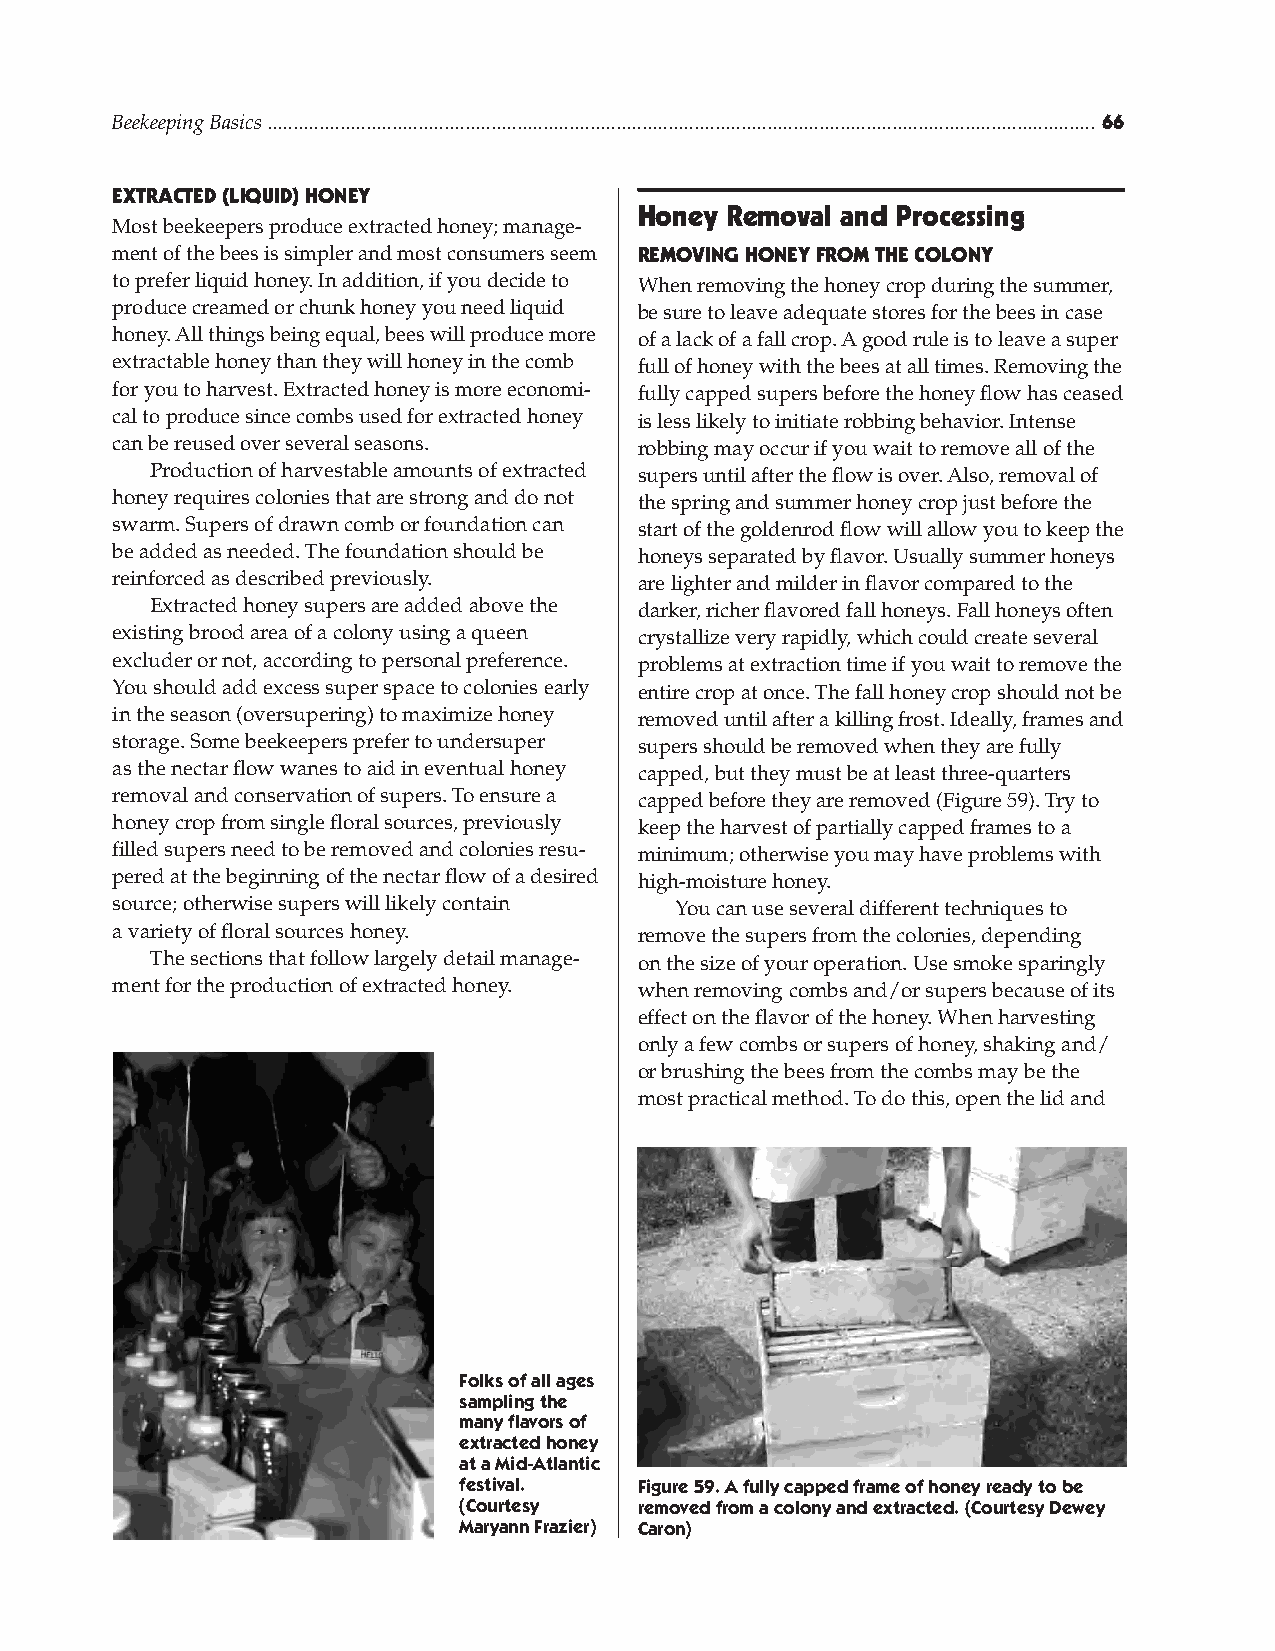
Beekeeping Basics ............................................................................................................................................................... 
 ExtraCtED (LiQuiD) HonEy
 Honey removal and Processing
 Most beekeepers produce extracted honey; manage-
 ment of the bees is simpler and most consumers seem rEmoving HonEy From tHE CoLony
 to prefer liquid honey. In addition, if you decide to When removing the honey crop during the summer,
 produce creamed or chunk honey you need liquid be sure to leave adequate stores for the bees in case
 honey. All things being equal, bees will produce more of a lack of a fall crop. A good rule is to leave a super
 extractable honey than they will honey in the comb full of honey with the bees at all times. Removing the
 for you to harvest. Extracted honey is more economi- fully capped supers before the honey flow has ceased
 cal to produce since combs used for extracted honey is less likely to initiate robbing behavior. Intense
 can be reused over several seasons. robbing may occur if you wait to remove all of the
 Production of harvestable amounts of extracted supers until after the flow is over. Also, removal of
 honey requires colonies that are strong and do not the spring and summer honey crop just before the
 swarm. Supers of drawn comb or foundation can start of the goldenrod flow will allow you to keep the
 be added as needed. The foundation should be honeys separated by flavor. Usually summer honeys
 reinforced as described previously. are lighter and milder in flavor compared to the
 Extracted honey supers are added above the darker, richer flavored fall honeys. Fall honeys often
 existing brood area of a colony using a queen crystallize very rapidly, which could create several
 excluder or not, according to personal preference. problems at extraction time if you wait to remove the
 You should add excess super space to colonies early entire crop at once. The fall honey crop should not be
 in the season (oversupering) to maximize honey removed until after a killing frost. Ideally, frames and
 storage. Some beekeepers prefer to undersuper supers should be removed when they are fully
 as the nectar flow wanes to aid in eventual honey capped, but they must be at least three-quarters
 removal and conservation of supers. To ensure a capped before they are removed (Figure 59). Try to
 honey crop from single floral sources, previously keep the harvest of partially capped frames to a
 filled supers need to be removed and colonies resu- minimum; otherwise you may have problems with
 pered at the beginning of the nectar flow of a desired high-moisture honey.
 source; otherwise supers will likely contain You can use several different techniques to
 a variety of floral sources honey. remove the supers from the colonies, depending
 The sections that follow largely detail manage- on the size of your operation. Use smoke sparingly
 ment for the production of extracted honey. when removing combs and/or supers because of its
 effect on the flavor of the honey. When harvesting
 only a few combs or supers of honey, shaking and/
 or brushing the bees from the combs may be the
 most practical method. To do this, open the lid and
 Folks of all ages
 sampling the
 many flavors of
 extracted honey
 at a Mid-Atlantic
 festival.   Figure 59. A fully capped frame of honey ready to be
 (Courtesy   removed from a colony and extracted. (Courtesy Dewey
 Maryann Frazier) Caron)